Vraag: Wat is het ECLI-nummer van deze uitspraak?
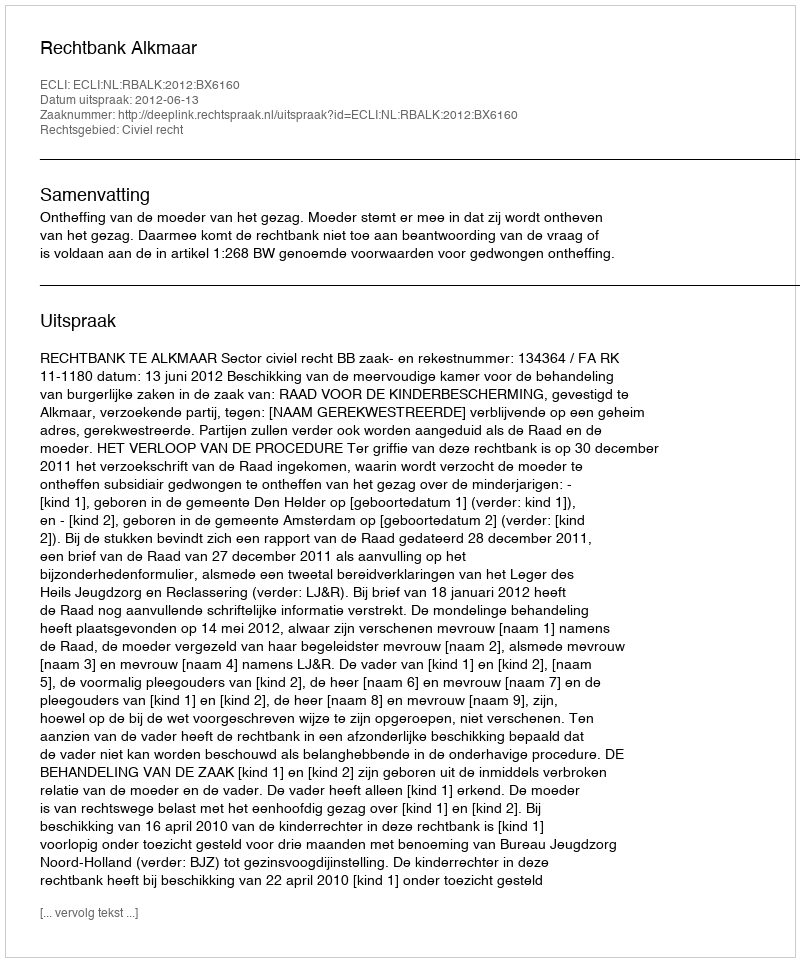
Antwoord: ECLI:NL:RBALK:2012:BX6160